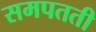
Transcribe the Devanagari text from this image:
समपतती